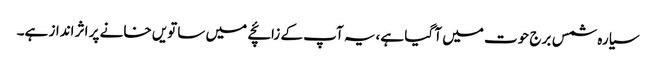
سیارہ شمس برج حوت میں آ گیا ہے،یہ آپ کے زائچے میں ساتویں خانے پر اثر انداز ہے۔